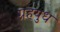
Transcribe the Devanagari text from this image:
ग्रहयुध